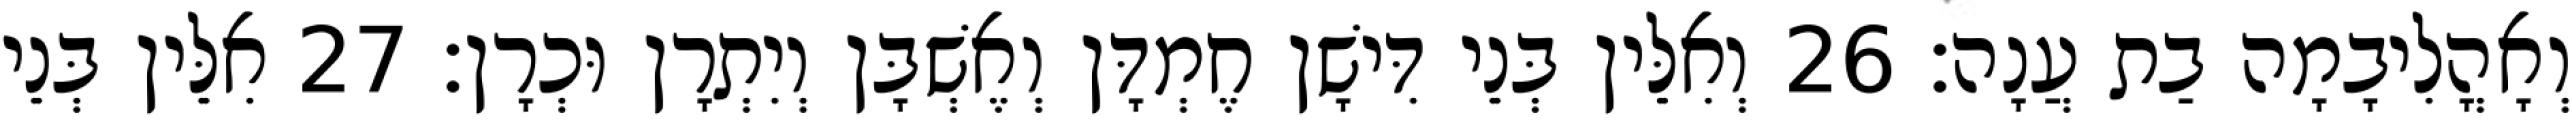
וְאָהֳלִיבָמָה בַת עֲנָה׃ 26 וְאִלֵּין בְּנֵי דִּישָׁן חֶמְדָּן וְאֶשְׁבָּן וְיִתְרָן וּכְרָן׃ 27 אִלֵּין בְּנֵי